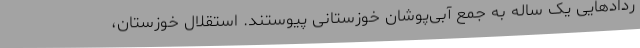
ردادهایی یک ساله به جمع آبی‌پوشان خوزستانی پیوستند. استقلال خوزستان،